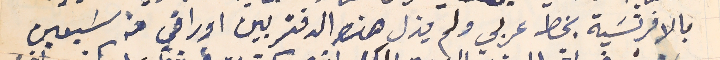
بالافرنسَية بخط عربي ولم يزل هذه الدفتر بين اوراقي من سَبعين